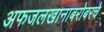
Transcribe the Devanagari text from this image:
अफजलखानाबरोबरचे